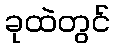
ခုထဲတွင်